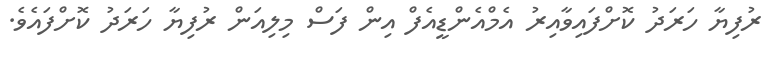
ރުފިޔާ ހަރަދު ކޮށްފައިވާއިރު އެމްއެންޑީއެފް އިން ފަސް މިލިއަން ރުފިޔާ ހަރަދު ކޮށްފައެވެ.